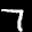
Label: 7